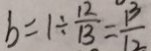
b = 1 \div \frac { 1 2 } { 1 3 } = \frac { 1 3 } { 1 2 }